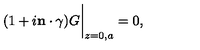
( 1 + i { \bf n } \cdot \mathrm { \boldmath { \gamma } } ) G \bigg | _ { z = 0 , a } = 0 ,